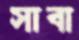
সাবা